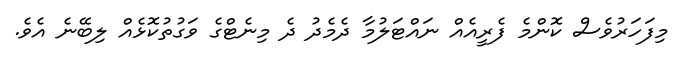
މިފަހަރުވެސް ކޮންމެ ފެރީއެއް ނައްޓަލުމާ ދެމެދު ދެ މިނެޓްގެ ވަގުތުކޮޅެއް ލިބޭނެ އެވެ.